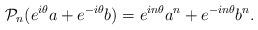
LaTeX: \begin{align*}\mathcal{P}_n(e^{i\theta}a + e^{-i\theta}b) = e^{in\theta}a^n + e^{-in\theta}b^n.\end{align*}